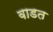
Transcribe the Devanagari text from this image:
वाडत